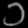
Digit: ၁